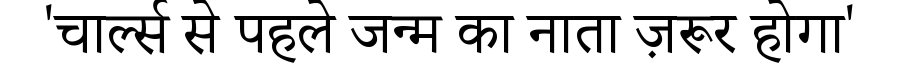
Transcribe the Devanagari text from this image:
'चार्ल्स से पहले जन्म का नाता ज़रूर होगा'